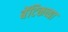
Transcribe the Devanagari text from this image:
बेंटिकच्या